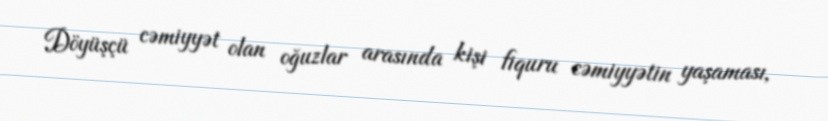
Döyüşçü cəmiyyət olan oğuzlar arasında kişi fiquru cəmiyyətin yaşaması,